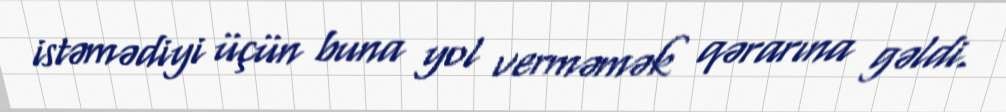
istəmədiyi üçün buna yol verməmək qərarına gəldi.